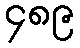
၄၈၉